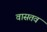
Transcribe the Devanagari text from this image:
वासतव